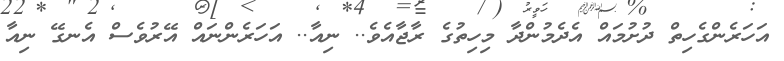
އަހަރެންގެހިތް ދުށުމައް އެދެމުންދާ މިހިތުގެ ރާޖާއެވެ.. ނިއާ.. އަހަރެންނައް އޭރުވެސް އެނގޭ ނިއާ